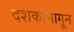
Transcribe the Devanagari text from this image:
दशकामागून